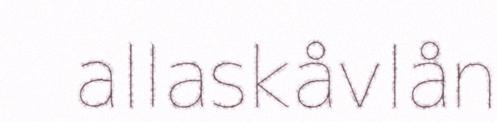
allaskåvlån